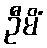
ဦမိံ